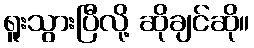
ရူးသွားပြီလို့ ဆိုချင်ဆို။